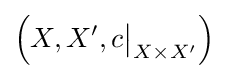
\left(X,X^{\prime },c{\big \vert }_{X\times X^{\prime }}\right)